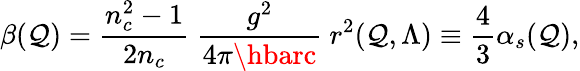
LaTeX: \beta(\mathcal{Q})={\frac{{n_{c}^{2}-1}}{{2n_{c}}}}\ {\frac{{g^{2}}}{{4\pi\hbarc}}}\ r^{2}(\mathcal{Q},\Lambda)\equiv{\frac{{4}}{{3}}}\alpha_{s}(\mathcal{Q}),